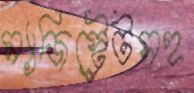
ম্যাজিস্ট্রেটসহ